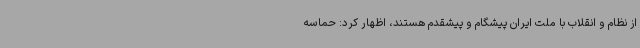
از نظام و انقلاب با ملت ایران پیشگام و پیشقدم هستند، اظهار کرد: حماسه